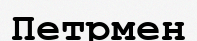
Петрмен